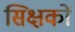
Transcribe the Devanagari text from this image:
सिक्षकों